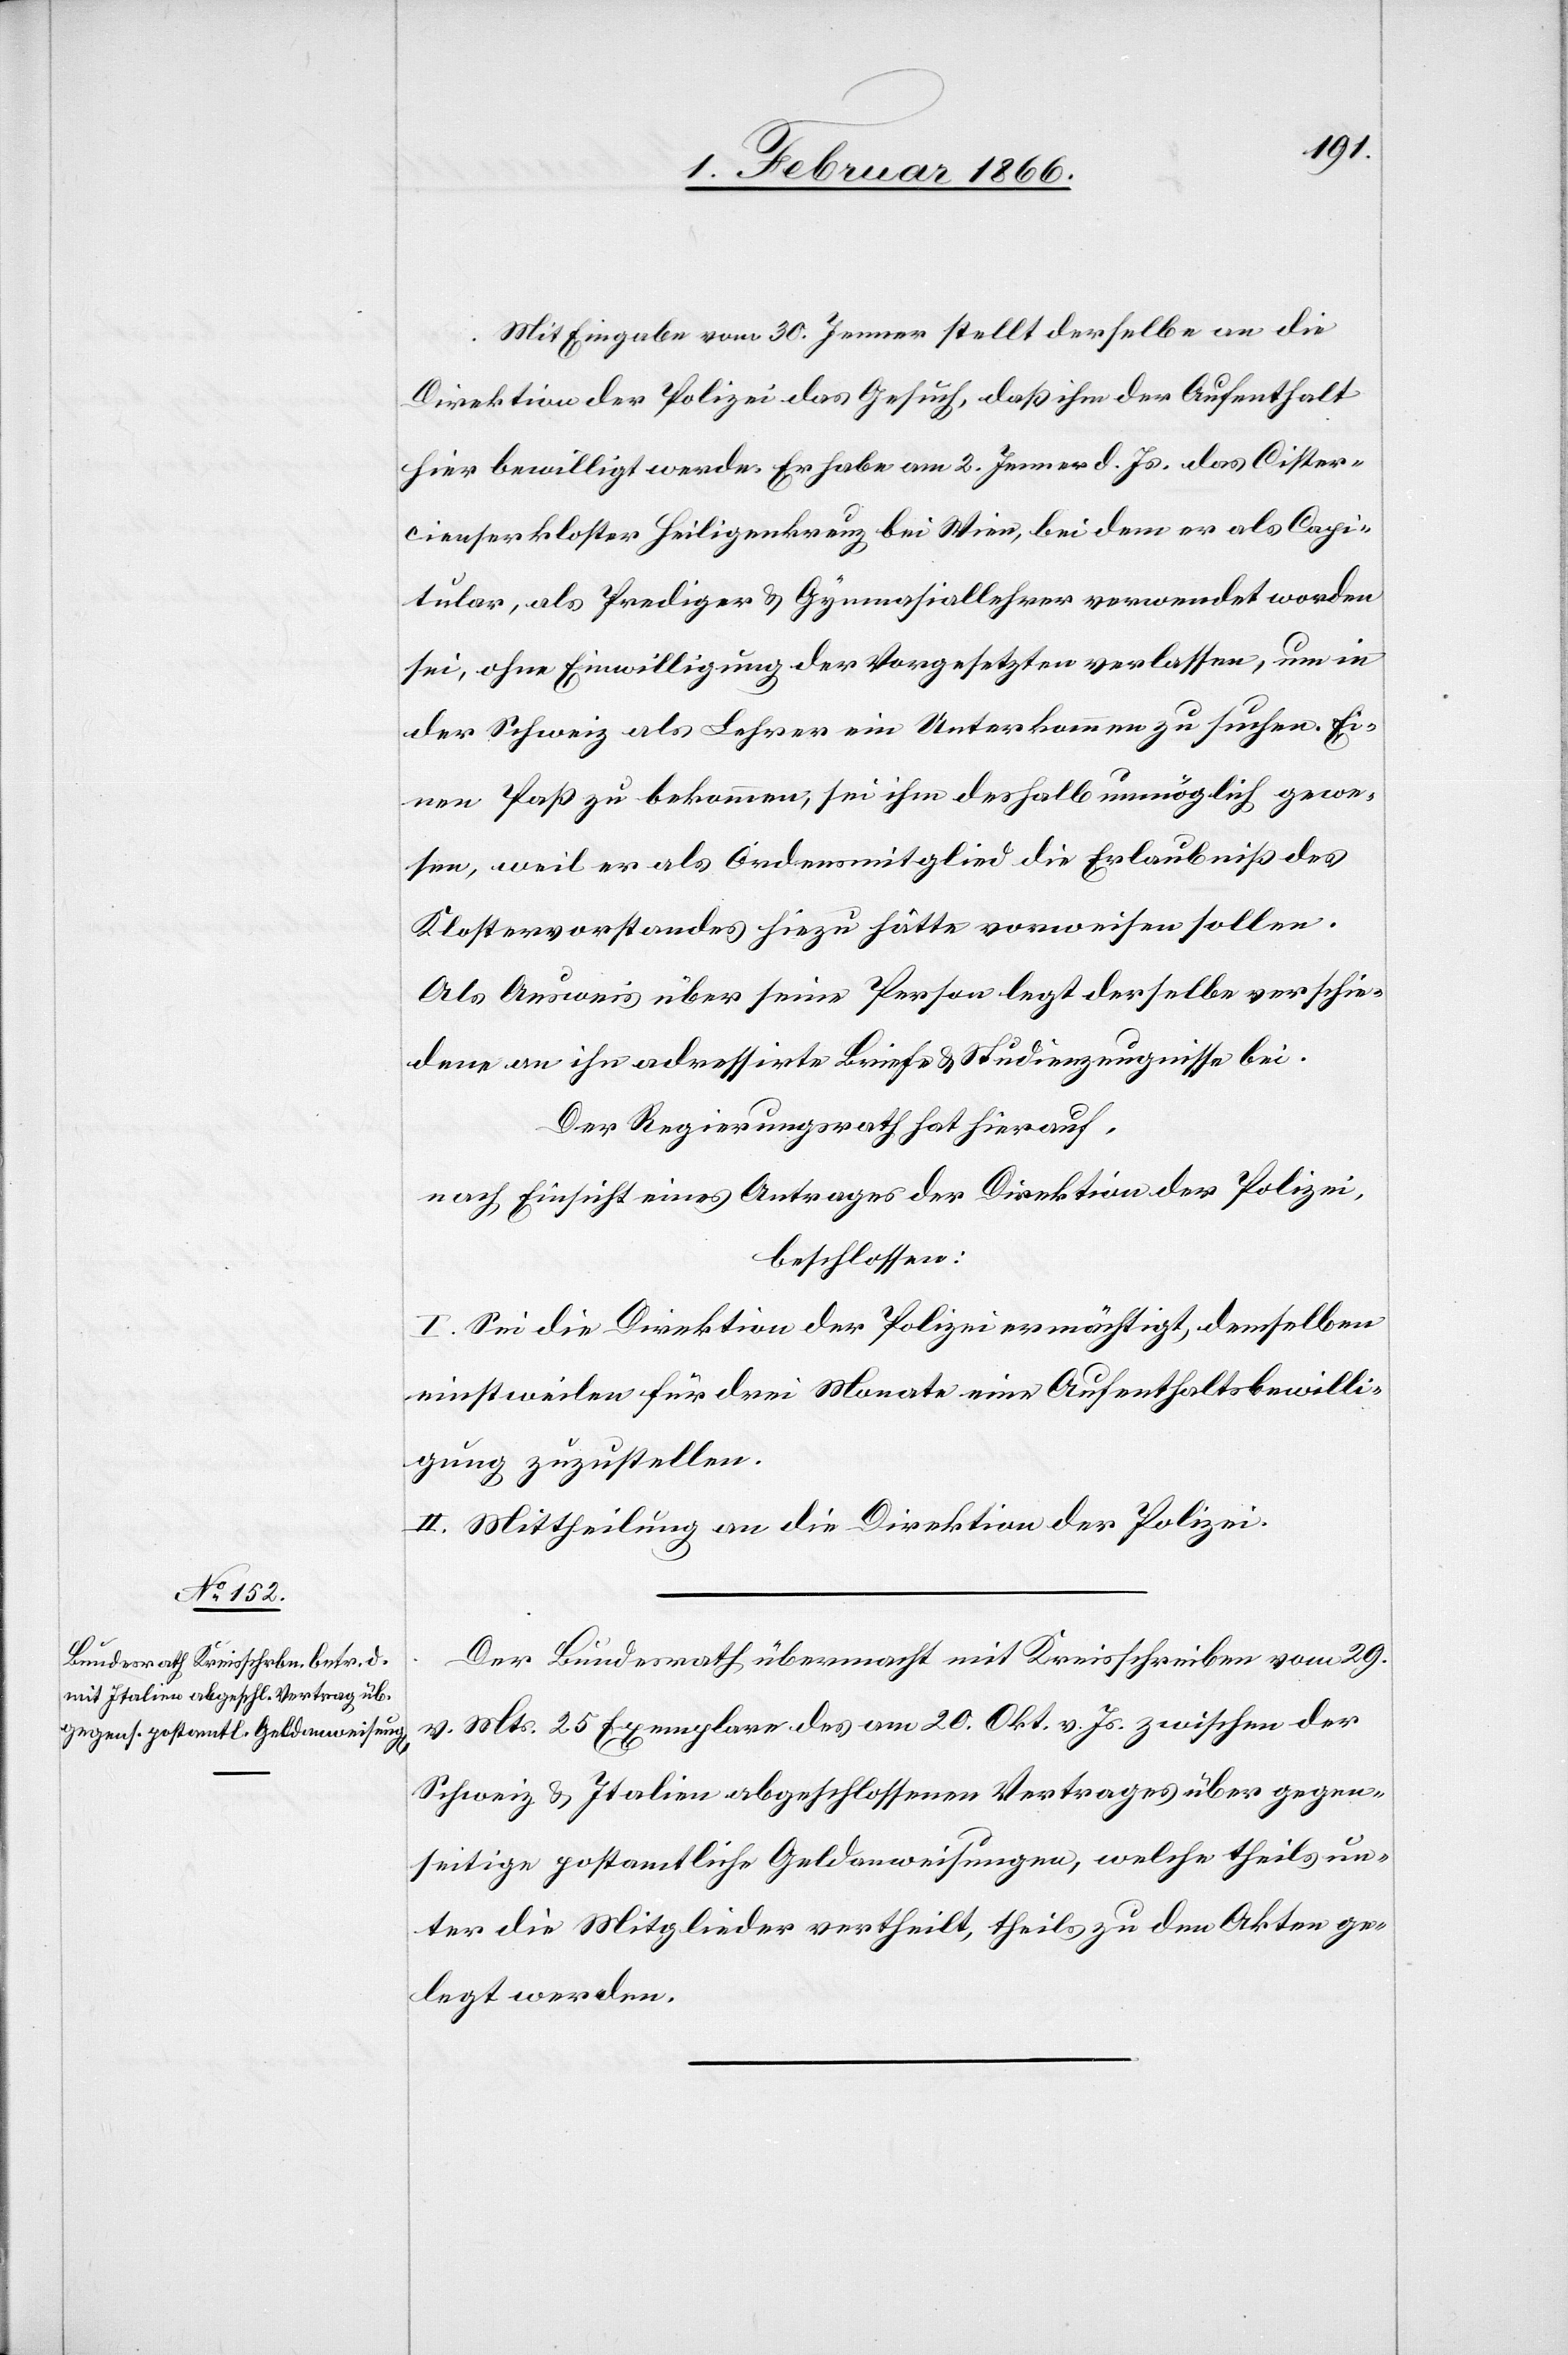
Mit Eingabe vom 30. Jenner stellt derselbe an die
Direktion der Polizei das Gesuch, daß ihm der Aufenthalt
hier bewilligt werde. Er habe am 2. Jenner d. Js. das Cister¬
cienserkloster Heiligenkreuz bei Wien, bei dem er als Capi¬
tular, als Prediger u. Gymnasiallehrer verwendet worden
sei, ohne Einwilligung der Vorgesetzten verlassen, um in
der Schweiz als Lehrer ein Unterkommen zu suchen. Ei¬
nen Paß zu bekommen, sei ihm deshalb unmöglich gewor¬
den, weil er als Ordensmitglied die Erlaubniß des
Klostervorstehers hiezu hätte vorweisen sollen.
Als Ausweis über seine Person legt derselbe verschie¬
dene an ihn adressirte Briefe u. Studienzeugnisse bei.
Der Regierungsrath hat hierauf,
nach Einsicht eines Antrages der Direktion der Polizei,
beschlossen:
I. Sei die Direktion der Polizei ermächtigt, demselben
einstweilen für drei Monate eine Aufenthaltsbewilli¬
gung zuzustellen.
II. Mittheilung an die Direktion der Polizei.
Der Bundesrath übermacht mit Kreisschreiben vom 29.
v. Mts. 25 Exemplare des am 20. Okt. v. Js. zwischen der
Schweiz u. Italien abgeschlossenen Vertrages über gegen¬
seitige postamtliche Geldanweisungen, welche theils un¬
ter die Mitglieder vertheilt, theils zu den Akten ge¬
legt wurden.